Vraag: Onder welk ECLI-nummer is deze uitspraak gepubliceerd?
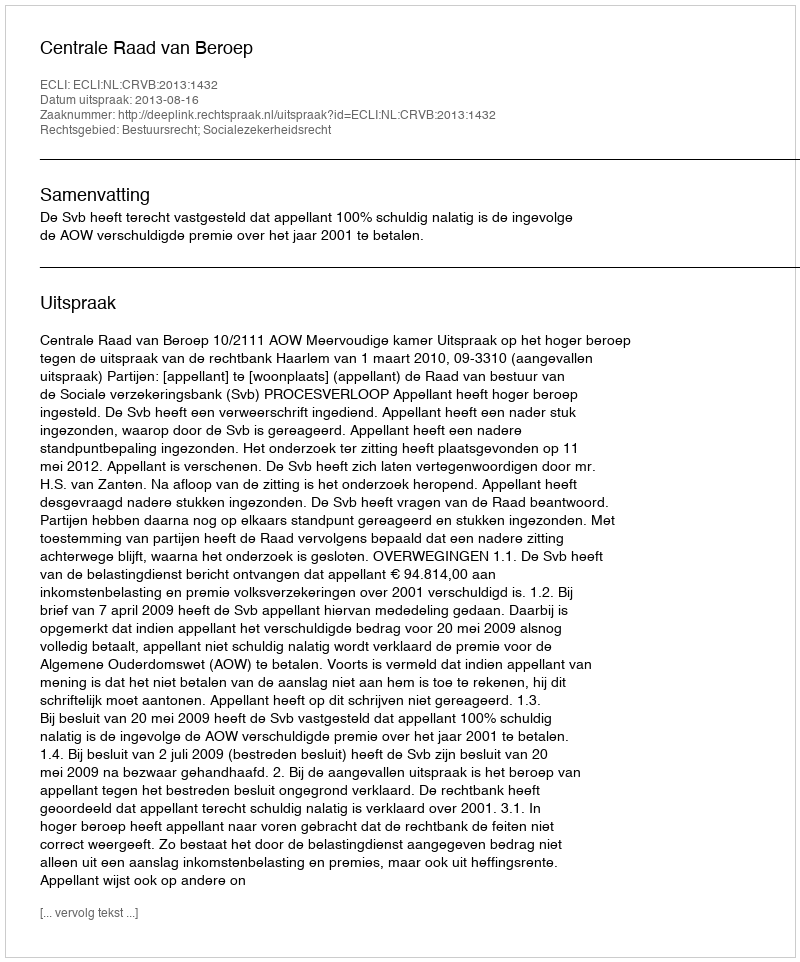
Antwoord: ECLI:NL:CRVB:2013:1432